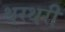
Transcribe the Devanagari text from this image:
थरथरी